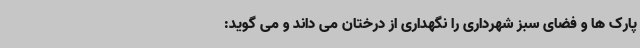
پارک ها و فضای سبز شهرداری را نگهداری از درختان می داند و می گوید: